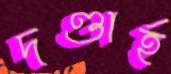
দণ্ডার্হ